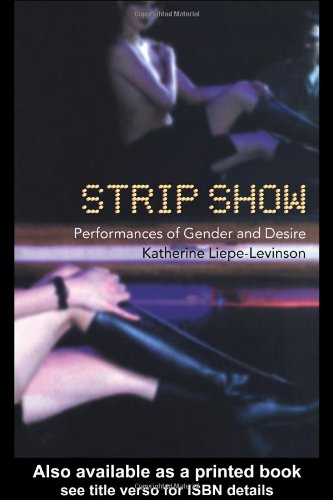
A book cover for Strip Show: Performances of Gender and Desire (Gender in Performance); Katherine Liepe-Levinson; Gay & Lesbian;